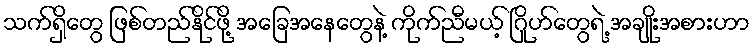
သက်ရှိတွေ ဖြစ်တည်နိုင်ဖို့ အခြေအနေတွေနဲ့ ကိုက်ညီမယ့် ဂြိုဟ်တွေရဲ့ အချိုးအစားဟာ